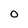
Character: O